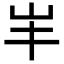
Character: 𡵄